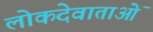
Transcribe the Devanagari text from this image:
लोकदेवाताओं